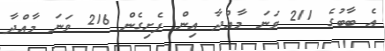
އެ ބާބުގެ 211 ވަނަ މާއްދާ އިން ފެށިގެން 216 ވަނަ މާއްދާ